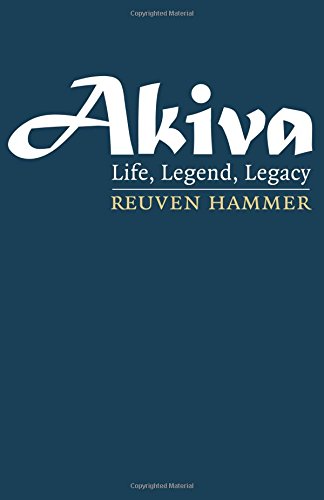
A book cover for Akiva: Life, Legend, Legacy; Rabbi Reuven Hammer; Religion & Spirituality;